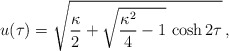
\begin{align*}u(\tau) = \sqrt{{\kappa\over 2} + \sqrt{{\kappa^2\over 4}-1}\,\cosh 2\tau} \,,\end{align*}